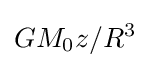
GM_{0}z/R^{3}